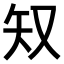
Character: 𫨸